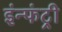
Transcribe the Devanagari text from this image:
इंन्फंट्री